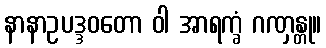
နာနာဥပဒ္ဒဝတော ဝါ အာရက္ခံ ဂဏှန္တု။